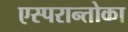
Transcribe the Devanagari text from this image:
एस्परान्तोका